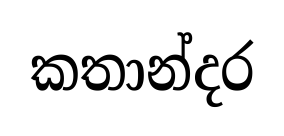
කතාන්දර